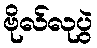
ဗိုလ်လုပွဲ